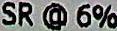
SR @ 6%